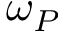
\omega _ { P }